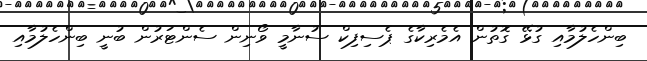
ބިންހެލުމާއި ގުޅޭ ގޮތުން އެމެރިކާގެ ޕެސިފިކް ސުނާމީ ވޯނިން ސެންޓަރުން ބުނީ ބިންހެލުމާއި